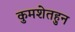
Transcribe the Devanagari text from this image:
कुमशेतहुन